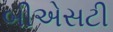
બીએસટી